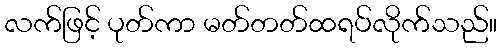
လက်ဖြင့် ပုတ်ကာ မတ်တတ်ထရပ်လိုက်သည်။